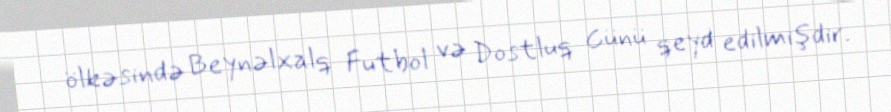
ölkəsində Beynəlxalq Futbol və Dostluq Günü qeyd edilmişdir.